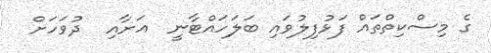
ގެ މިސްކިތްތައް ފަޅުފިލުވައި ބަލަހައްޓާނީ  އަށާއި  ދުވަހަށް